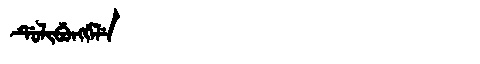
Manchu: ᡩᡠᠯᡳᠪᡠᠩᡤᡝᠯᡝ
Romanization: DULIBUNGGELE